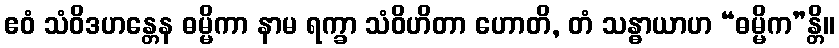
ဧဝံ သံဝိဒဟန္တေန ဓမ္မိကာ နာမ ရက္ခာ သံဝိဟိတာ ဟောတိ, တံ သန္ဓာယာဟ “ဓမ္မိက”န္တိ။